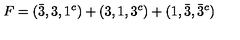
F = ( \bar { 3 } , 3 , 1 ^ { c } ) + ( 3 , 1 , 3 ^ { c } ) + ( 1 , \bar { 3 } , \bar { 3 } ^ { c } )